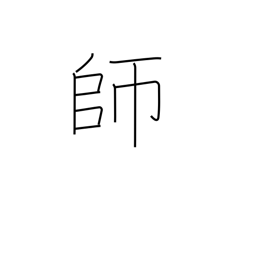
Meaning: teacher